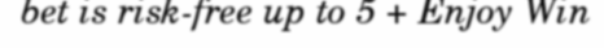
bet is risk-free up to 5 + Enjoy Win